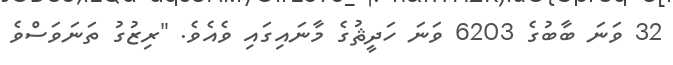
32 ވަނަ ބާބުގެ 6203 ވަނަ ހަދީޘުގެ މާނައިގައި ވެއެވެ. "ރިޒުގު ތަނަވަސްވެ